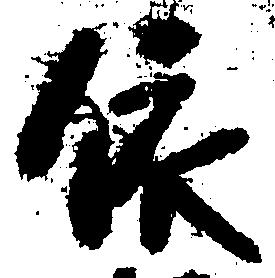
依